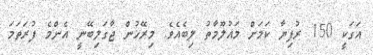
އަގަކީ 150 ރުފިޔާ ކަމަށް މައުލޫމާތު ލިބެއެވެ. މިރޭހުން ޖާގަލިބޭނީ އެންމެ ފުރަތަމަ